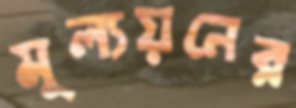
মূল্যয়নের